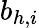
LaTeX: b_{h,i}